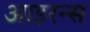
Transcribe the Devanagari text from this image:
आइरन्स